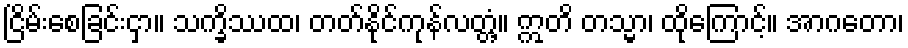
ငြိမ်းစေခြင်းငှာ။ သက္ခိဿထ၊ တတ်နိုင်ကုန်လတ္တံ့။ ဣတိ တသ္မာ၊ ထိုကြောင့်။ အာဂတော၊